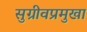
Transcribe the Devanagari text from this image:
सुग्रीवप्रमुखा